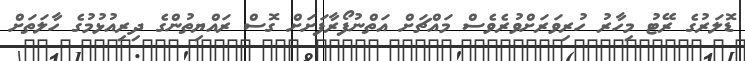
ޑޮލަރުގެ ރޭޓު މިހާރު ހުރިވަރަށްވުރެވެސް މައްޗަށް އަތްނުފޯރާފަށަށް ގޮސް ރައްޔިތުންގެ ދިރިއުޅުމުގެ ހާލަތަށް